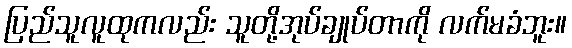
ပြည်သူလူထုကလည်း သူတို့အုပ်ချုပ်တာကို လက်မခံဘူး။